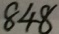
8 4 8